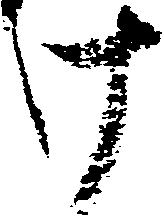
け